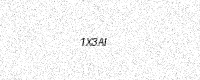
Text: 1X3AI